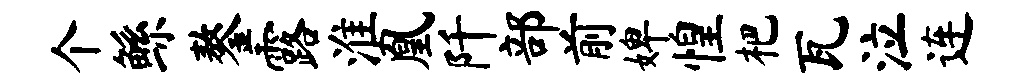
个鲧鏊露淮凰阡部前婢惶杷瓦泣连